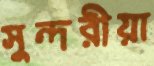
সুন্দরীয়া